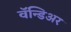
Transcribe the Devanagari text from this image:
वॅन्डिअर